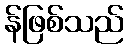
န်ဖြစ်သည်